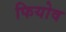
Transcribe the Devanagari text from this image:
फियोव